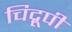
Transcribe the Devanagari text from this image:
चिद्रूपी